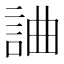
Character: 𧧥